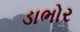
ડાભોર